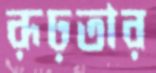
রূঢ়তার